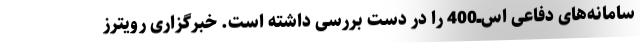
سامانه‌های دفاعی اس‌ــ‌400 را در دست بررسی داشته است. خبرگزاری رویترز